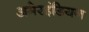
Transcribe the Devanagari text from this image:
अमेरइंडियन